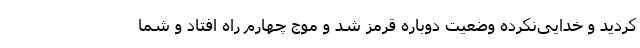
کردید و خدایی‌نکرده وضعیت دوباره قرمز شد و موج چهارم راه افتاد و شما